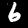
Label: 6